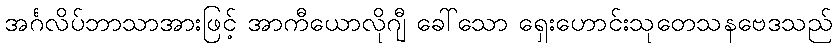
အင်္ဂလိပ်ဘာသာအားဖြင့် အာကီယောလိုဂျီ ခေါ်သော ရှေးဟောင်းသုတေသနဗေဒသည်